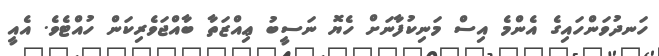
ހަނދުވަންހައިގެ އެންމެ އިސް މަނިކުފާނަށް ހެޔޮ ނަސީބު ޢިއްޒަތާ ބާއްޖަވެރިކަން ހުއްޓެވެ. އެއީ